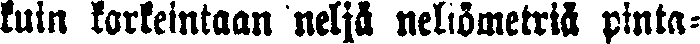
kuin korkeintaan neljä neliömetriä pinta-